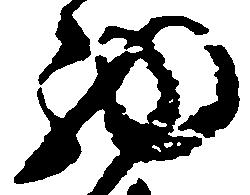
西